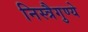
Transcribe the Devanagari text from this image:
निस्त्रैगुण्ये